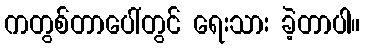
ကတွစ်တာပေါ်တွင် ရေးသား ခဲ့တာပါ။